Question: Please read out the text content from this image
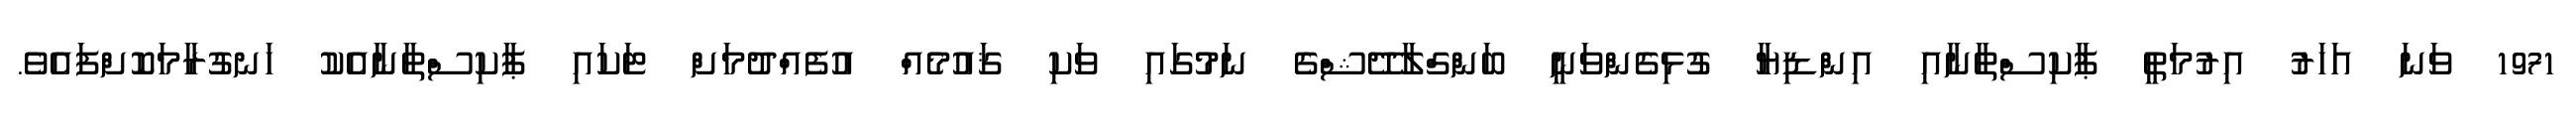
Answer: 1971 ވަނަ އަހަރު އިރުމަތީ ޕާކިސްތާނާއި އިންޑިޔާ ގުޅިގެންވަނީ ބަންގްލާދޭޝްގެ ނަމުގައި ވަކި ޤައުމެއް އުފެއްދުމަށް ޓަކައި ޕާކިސްތާނާއެކު ހަނގުރާމަކޮށްފައެވެ.